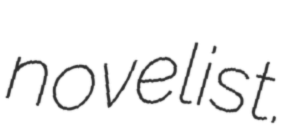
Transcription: novelist.